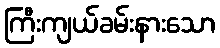
ကြီးကျယ်ခမ်းနားသော